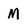
Character: M